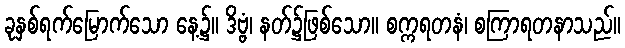
ခုနှစ်ရက်မြောက်သော နေ့၌။ ဒိဗ္ဗံ၊ နတ်၌ဖြစ်သော။ စက္ကရတနံ၊ စကြာရတနာသည်။